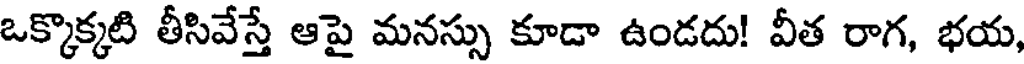
ఒక్కొక్కటి తీసివేస్తే ఆపై మనస్సు కూడా ఉండదు! వీత రాగ, భయ,